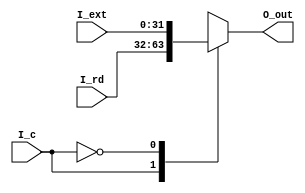
`timescale 1ns / 1ps
//////////////////////////////////////////////////////////////////////////////////
// Company:
// Engineer:
//
// Design Name:
// Module Name: mux
// Project Name:
// Target Devices:
// Tool Versions:
// Description:
//
// Dependencies:
//
// Revision:
// Revision 0.01 - File Created
// Additional Comments:
//
//////////////////////////////////////////////////////////////////////////////////


module mux_alu(
           input [31:0] I_ext,
           input [31:0] I_rd,

           input I_c,
           output [31:0] O_out
       );
reg [31:0] R_out;
always @ (*) begin
    case (I_c)
        1:
            R_out<=I_rd;
        0:
            R_out<=I_ext;
    endcase
end
assign O_out=R_out;
endmodule


    module mux_rwd(
        input [31:0] I_ext,
        input [31:0] I_alu,
        input [31:0] I_dm,

        input [1:0] I_c,
        output [31:0]O_out
    );
reg [31:0] R_out;
always @ (*) begin
    case (I_c)
        2'b00:
            R_out<=I_ext;
        2'b01:
            R_out<=I_alu;
        2'b10:
            R_out<=I_dm;
    endcase
end
assign O_out=R_out;
endmodule


    module mux_rwa(
        input [4:0] I_rt,
        input [4:0] I_rd,

        input I_c,
        output [4:0]O_out
    );
reg [4:0] R_out;
always @ (*) begin
    case (I_c)
        1:
            R_out<=I_rd;
        0:
            R_out<=I_rt;
    endcase
end
assign O_out=R_out;
endmodule


    module mux_pc(
        input [31:0] I_off,
        //input [31:0] I_j,
        input [31:0] I_pc,
        input I_c,

        output [31:0]O_out,
        output [31:0]O_output_npc
    );
reg [31:0] R_out;
always @ (*) begin
    case (I_c)
        1:
            R_out<=I_off;
        0:
            R_out<=I_off+I_pc;
    endcase
end
assign O_out=R_out;
assign O_output_npc=R_out+4;
endmodule


    module mux_offset(
        input [31:0] I_beq,

        input I_c,
        output [31:0] O_out
    );
reg [31:0] R_out;
always @ (*) begin
    case (I_c)
        1:
            R_out<=I_beq;
        0:
            R_out<=32'h4;
    endcase
end
assign O_out=R_out;
endmodule